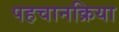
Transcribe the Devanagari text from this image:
पहचानक्रिया